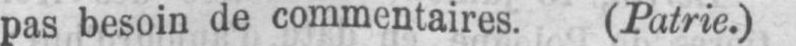
pas besoin de commentaires. (Patrie.)